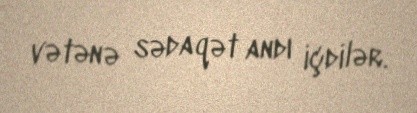
vətənə sədaqət andı içdilər.